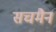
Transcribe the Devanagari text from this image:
सचमैन